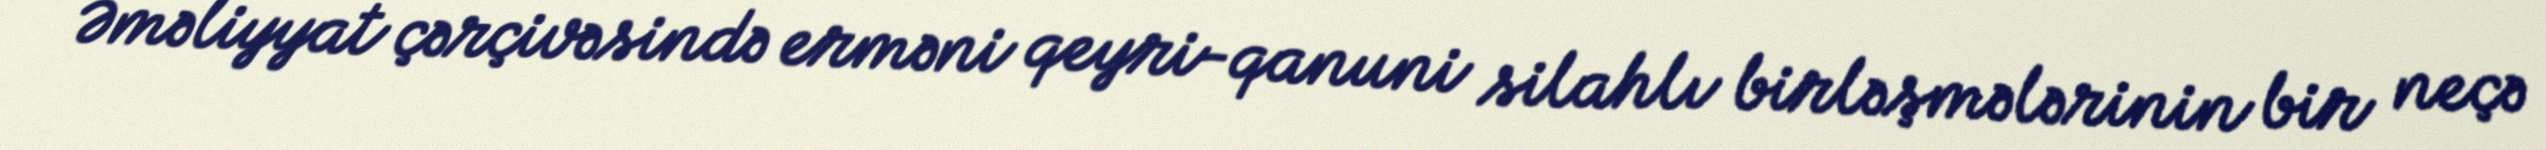
Əməliyyat çərçivəsində erməni qeyri-qanuni silahlı birləşmələrinin bir neçə